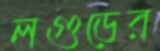
লগুড়ের